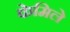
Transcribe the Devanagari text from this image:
केमिले